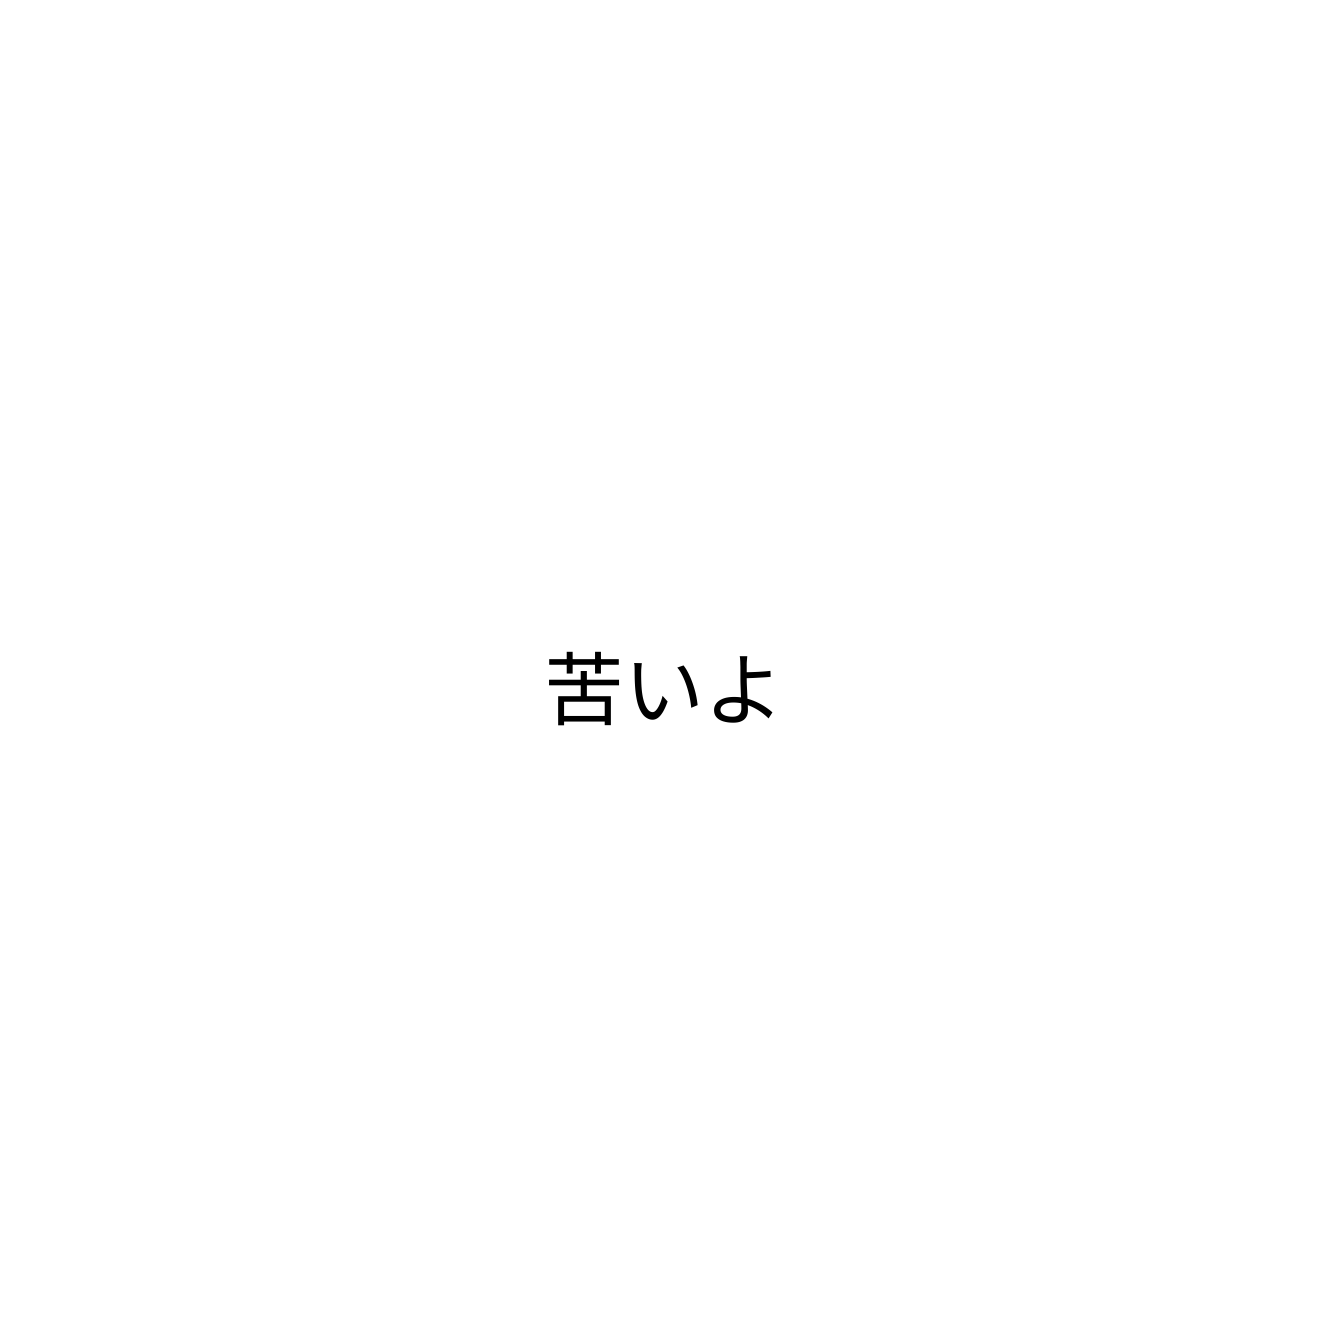
苦いよ